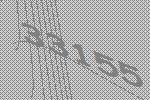
33155